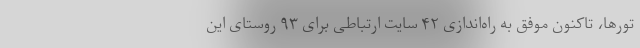
تورها، تاکنون موفق به راه‌اندازی ۴۲ سایت ارتباطی برای ۹۳ روستای این